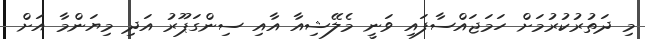
މި ދަތުރުކުރުމަށް ހަމަޖައްސާފައި ވަނީ މެލޭޝިއާ އާއި ސިންގަޕޫރު އަދި މިޔަންމާ އަށް